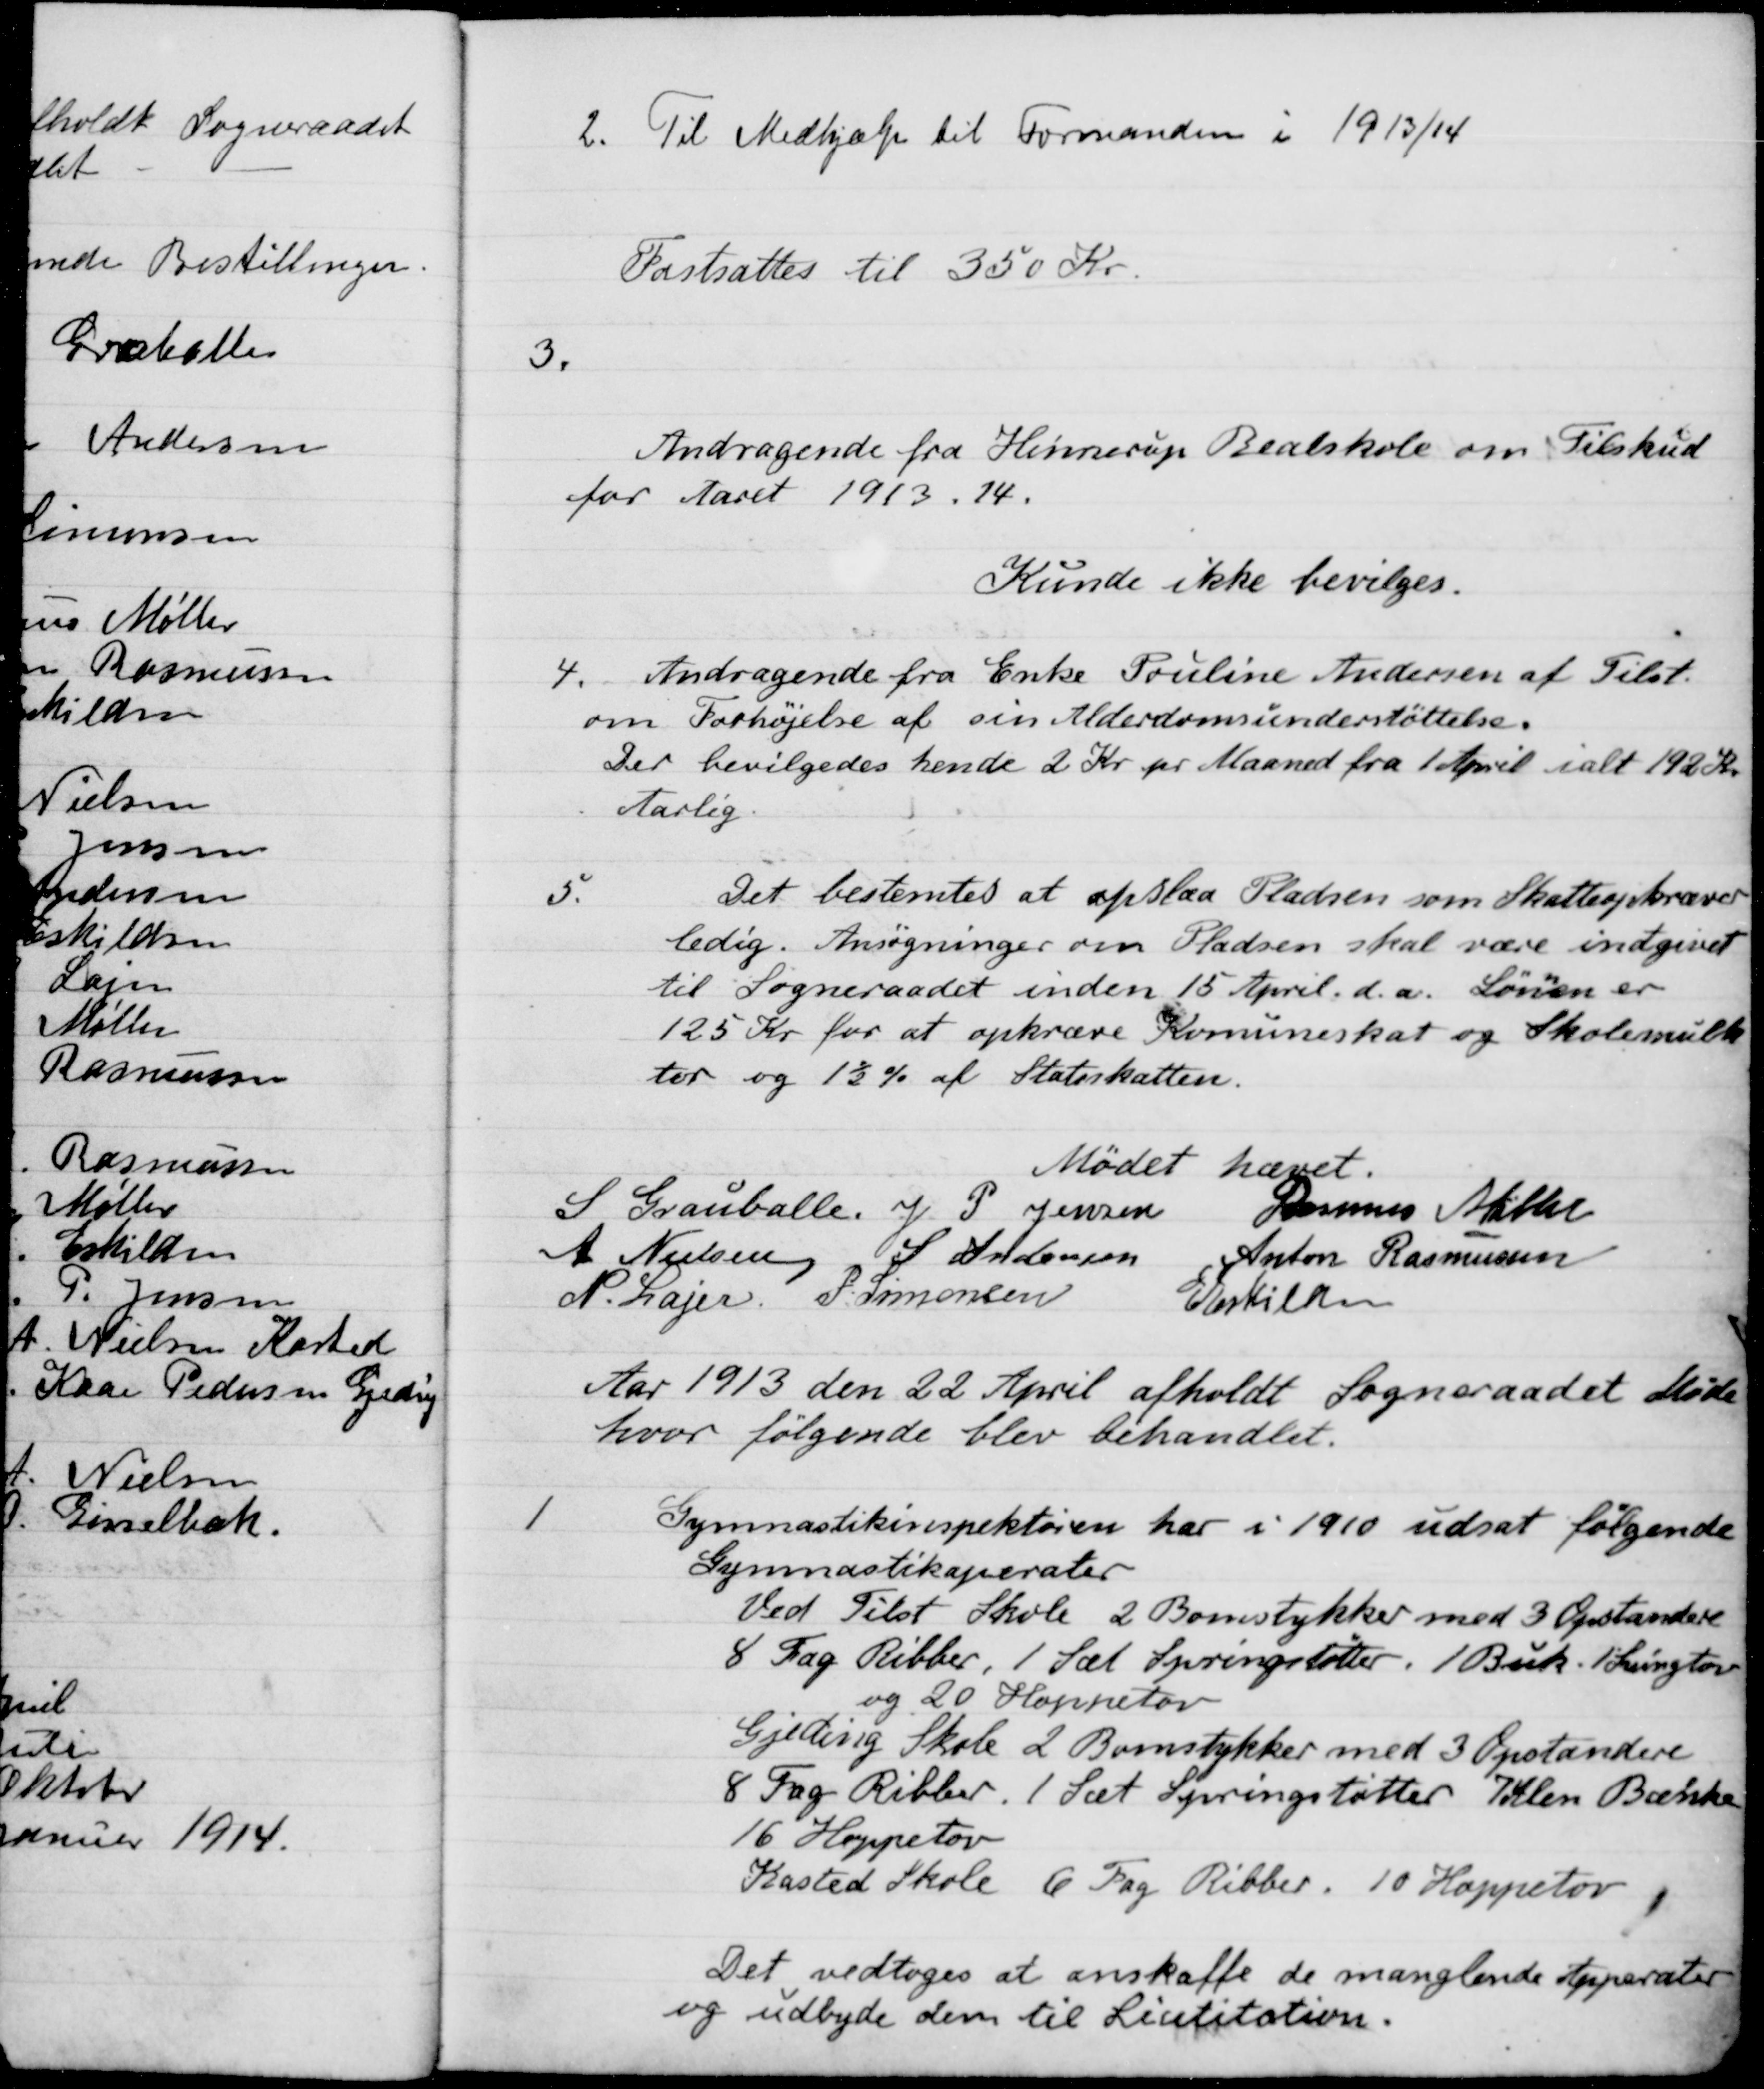
Transskription:
2.
Til Medhjælp til Formanden i 1913/14
Fastsattes til 350 Kr.
3.
Andragende fra Hinnerup Realskole om Tilskud
for Aaret 1913. 14.
Kunde ikke bevilges.
4. 
Andragende fra Enke Pouline Andersen af Tilst.
om Forhøjelse af sin Alderdomsunderstøttelse.
Der bevilgedes hende 2 Kr. pr Maaned fra 1 April ialt 192 Kr
Aarlig.
5.
Det bestemtes at opslaa Pladsen som Skatteopkræver
ledig. Ansøgninger om Pladsen skal være indgivet
til Sogneraadet inden 15 April d.a. Lønnen er
125 Kr for at opkræve Komuneskat og Skolemulk-
ter og 1½ % af Statsskatten.
Mødet hævet.
S Grauballe.
J. P. Jensen
Rasmus Møller
A. Nielsen
S. Andersen
Anton Rasmussen
N. Lajer.
P. Simonsen
 E Eskildsen
Aar 1913 den 22 April afholdt Sogneraadet Møde
hvor følgende blev behandlet.
1
Gymnastikinspektøren har i 1910 udsat følgende
Gymnastikaperater
Ved Tilst Skole 2 Bonstykker med 3 Opstandere
8 Fag Ribber, 1 Sæt Springstøtter. 1 Buk. 1 Svingtov
og 20 Hoppetov
Gjeding Skole 2 Bomstykker med 3 Opstandere
8 Fag Ribber. 1 Sæt Springstøtter 7 Alen Bænke
16 Hoppetov
Kasted Skole 6 Fag Ribber. 10 Hoppetov
Det vedtoges at anskaffe de manglende Apparater
og udbyde dem til Licititation.